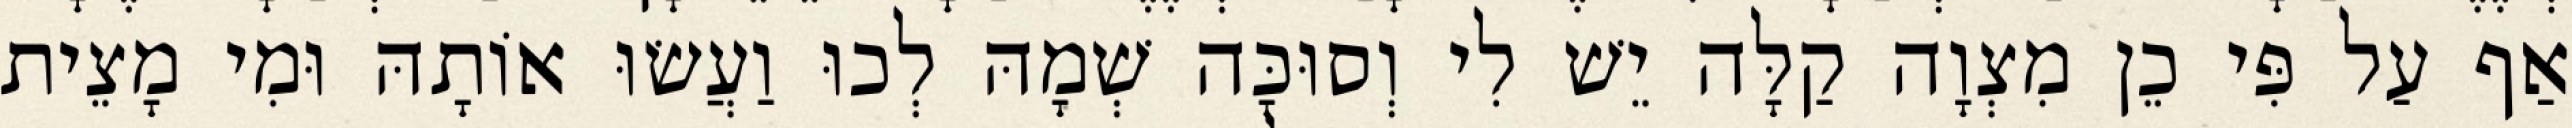
אַף עַל פִּי כֵן מִצְוָה קַלָּה יֵשׁ לִי וְסוּכָּה שְׁמָהּ לְכוּ וַעֲשׂוּ אוֹתָהּ וּמִי מָצֵית